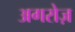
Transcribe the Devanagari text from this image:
अगरोज़